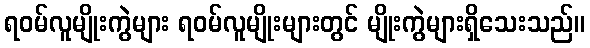
ရဝမ်လူမျိုးကွဲများ ရဝမ်လူမျိုးများတွင် မျိုးကွဲများရှိသေးသည်။